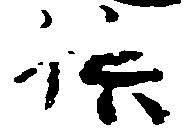
供